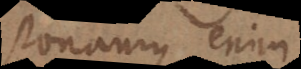
Ponamus enim